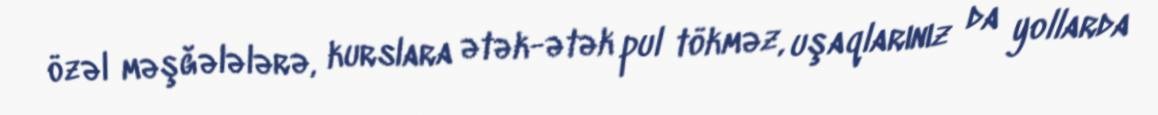
özəl məşğələlərə, kurslara ətək-ətək pul tökməz, uşaqlarınız da yollarda